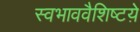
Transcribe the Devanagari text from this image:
स्वभाववैशिष्टय़े